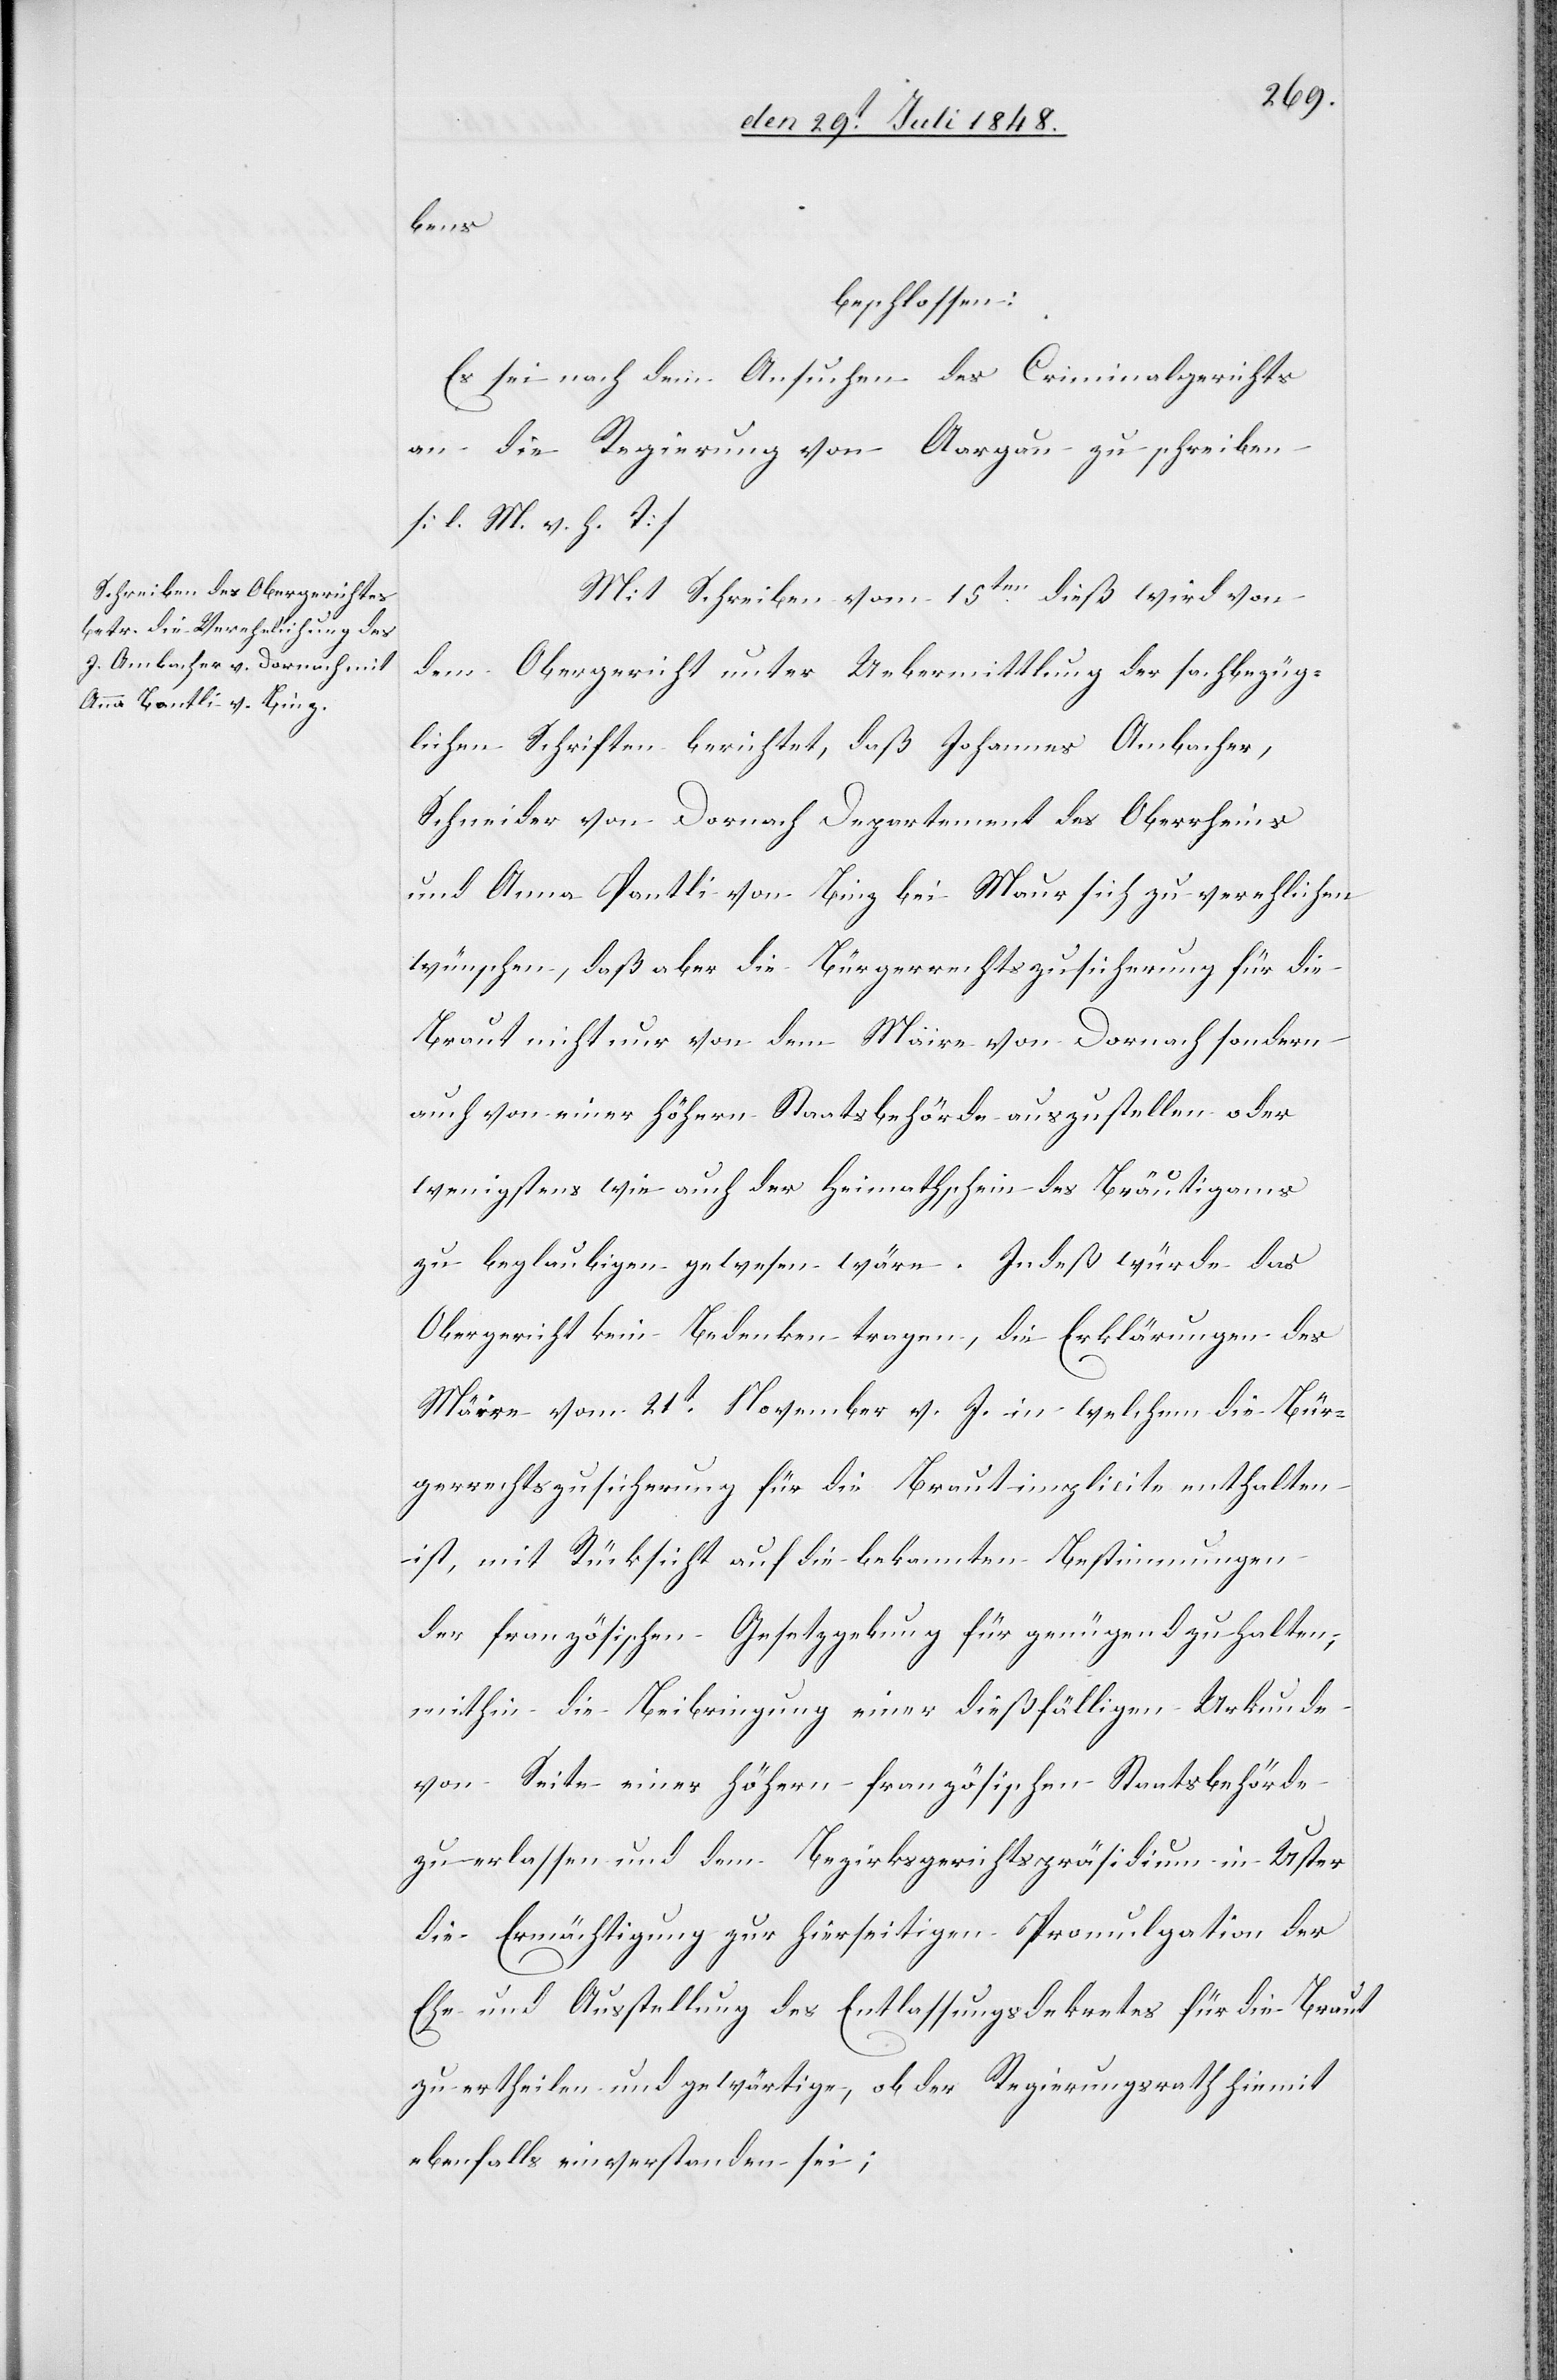
bens
beschlossen:
Es sei nach dem Ansuchen des Criminalgerichts
an die Regierung von Aargau zu schreiben.
[l. M. v. h. T]
Mit Schreiben vom 15ten dieß wird von
dem Obergericht unter Uebermittlung der sachbezüg¬
lichen Schriften berichtet, daß Johannes Ambacher,
Schneider von Dornach Departement des Oberrheins
mit Anna Pantli von Binz bei Maur sich zu verehlichen
wünschen, daß aber die Bürgerrechtszusicherung für die
Braut nicht nur von dem Maire von Dornach sondern
auch von einer höhern Staatsbehörde auszustellen oder
wenigstens wie auch der Heimathschein des Bräutigams
zu beglaubigen gewesen wäre. Indeß würde das
Obergericht kein Bedenken tragen, die Erklärungen des
Mäire vom 21t November v. J. in welchem die Bür¬
gerrechtszusicherung für die Braut implicite enthalten
ist, mit Rücksicht auf die bekannten Bestimmungen
der französischen Gesetzgebung für genügend zu halten,
mithin die Beibringung einer dießfälligen Urkunde
von Seite einer höhern französischen Staatsbehörde
zu erlassen und dem Bezirksgerichtspräsidium in Uster
die Ermächtigung zur hierseitigen Promulgation der
Ehe und Ausstellung des Entlassungsdekrets für die Braut
zu ertheilen und gewärtige, ob der Regierungsrath hiemit
ebenfalls einverstanden sei;